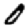
Digit: 0